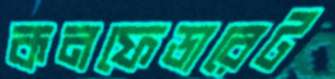
কনফেডারেট